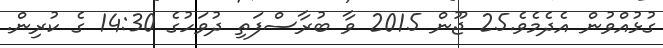
ގުޅުއްވުން އެދެމެވެ.25 ޖޫން 2015 ވާ ބުރާސްފަތި ދުވަހުގެ 14:30 ގެ ކުރިން.